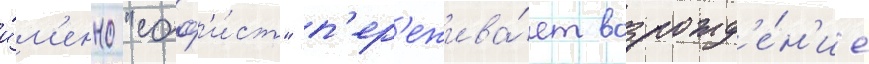
и́м'енно "соф'и́ст" п'ер'ежива́ет возрожд'е́н'ие